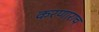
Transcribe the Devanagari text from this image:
करणाराच